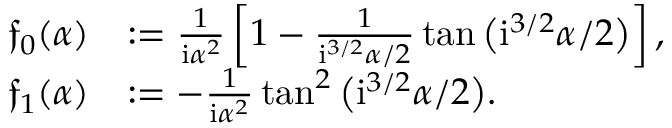
\begin{array} { r l } { \mathfrak { f } _ { 0 } ( { \alpha } ) } & { : = \frac { 1 } { \mathrm { i } \alpha ^ { 2 } } \left[ 1 - \frac { 1 } { \mathrm { i } ^ { 3 / 2 } { \alpha } / 2 } \tan \big ( \mathrm { i } ^ { 3 / 2 } { \alpha } / 2 \big ) \right] , } \\ { \mathfrak { f } _ { 1 } ( { \alpha } ) } & { : = - \frac { 1 } { \mathrm { i } \alpha ^ { 2 } } \tan ^ { 2 } \big ( \mathrm { i } ^ { 3 / 2 } { \alpha } / 2 \big ) . } \end{array}